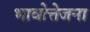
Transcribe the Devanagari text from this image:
भावोत्तेजना